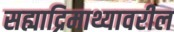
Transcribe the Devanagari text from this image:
सह्याद्रिमाथ्यावरील